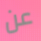
عن